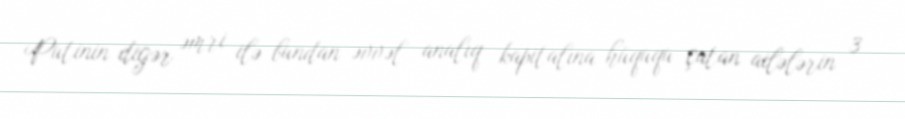
Putinin digər əmri ilə bundan əvvəl analıq kapitalına hüququ çatan ailələrin 3